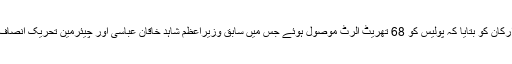
آئی جی اسلام آباد نے کمیٹی ارکان کو بتایا کہ پولیس کو 68 تھریٹ الرٹ موصول ہوئے جس میں سابق وزیراعظم شاہد خاقان عباسی اور چیئرمین تحریک انصاف عمران کا نام بھی شامل ہے۔